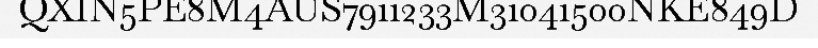
QXIN5PE8M4AUS7911233M31041500NKE849D